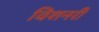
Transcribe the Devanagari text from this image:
विशनरी